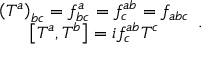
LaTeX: \begin{array} { c } { { \left( T ^ { a } \right) _ { b c } = f _ { b c } ^ { a } = f _ { c } ^ { a b } = f _ { a b c } } } \\ { { \left[ T ^ { a } , T ^ { b } \right] = i f _ { c } ^ { a b } T ^ { c } } } \end{array} { } .